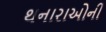
થનારાઓની